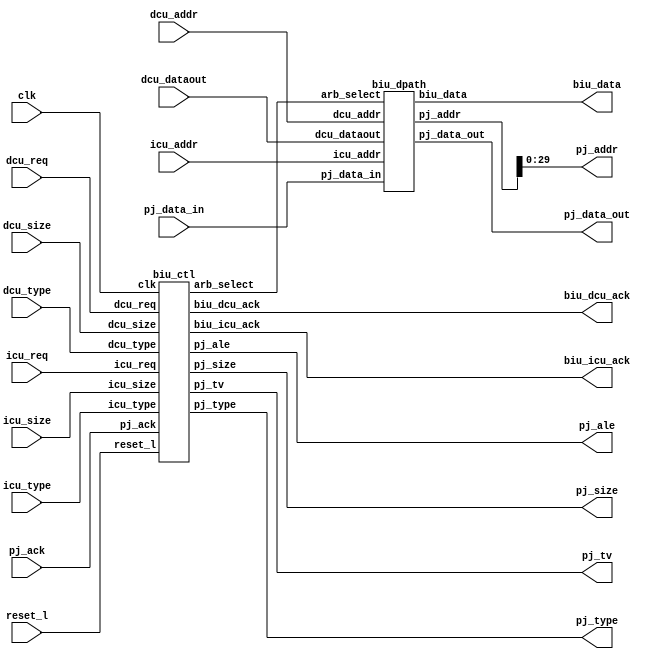
/****************************************************************
 ---------------------------------------------------------------
     Copyright 1999 Sun Microsystems, Inc., 901 San Antonio
     Road, Palo Alto, CA 94303, U.S.A.  All Rights Reserved.
     The contents of this file are subject to the current
     version of the Sun Community Source License, picoJava-II
     Core ("the License").  You may not use this file except
     in compliance with the License.  You may obtain a copy
     of the License by searching for "Sun Community Source
     License" on the World Wide Web at http://www.sun.com.
     See the License for the rights, obligations, and
     limitations governing use of the contents of this file.

     Sun, Sun Microsystems, the Sun logo, and all Sun-based
     trademarks and logos, Java, picoJava, and all Java-based
     trademarks and logos are trademarks or registered trademarks 
     of Sun Microsystems, Inc. in the United States and other
     countries.
 ----------------------------------------------------------------
******************************************************************/



module	biu (
	icu_req,
	icu_addr,
	icu_type,
	icu_size,
	biu_icu_ack,
	biu_data,
	dcu_req,
	dcu_addr,
	dcu_type,
	dcu_size,
	dcu_dataout,
	biu_dcu_ack,
	clk,
	reset_l,
	pj_addr,
	pj_data_out,
	pj_data_in,
	pj_tv,
	pj_size,
	pj_type,
	pj_ack,
	pj_ale
	);

input		icu_req;
input	[31:0]	icu_addr;			
input	[3:0]	icu_type;			
input	[1:0]	icu_size;			
output	[1:0]	biu_icu_ack;		
output	[31:0]	biu_data;	
input		dcu_req;
input	[31:0]	dcu_addr;			
input	[3:0]	dcu_type;			
input	[1:0]	dcu_size;			
input	[31:0]	dcu_dataout;		
output	[1:0]	biu_dcu_ack;		
input		clk;
input		reset_l;
output	[29:0]	pj_addr;		
output	[31:0]	pj_data_out;	
input	[31:0]	pj_data_in;		
output		pj_tv;
output	[1:0]	pj_size;		
output	[3:0]	pj_type;		
input	[1:0]	pj_ack;
output		pj_ale;

wire		arb_select;
wire	[31:0]	pj_addr_int;
wire	[29:0]	pj_addr;

assign pj_addr = pj_addr_int[29:0];

biu_ctl	biu_ctl (
     .icu_req		(icu_req),
     .icu_type		(icu_type[3:0]),
     .icu_size		(icu_size[1:0]),
     .biu_icu_ack	(biu_icu_ack[1:0]),
     .dcu_req		(dcu_req),
     .dcu_type		(dcu_type[3:0]),
     .dcu_size		(dcu_size[1:0]),
     .biu_dcu_ack	(biu_dcu_ack[1:0]),
     .clk		(clk),
     .reset_l		(reset_l),
     .pj_tv		(pj_tv),
     .pj_type		(pj_type[3:0]),
     .pj_size		(pj_size[1:0]),
     .pj_ack		(pj_ack[1:0]),
     .arb_select	(arb_select),
     .pj_ale		(pj_ale)
);

biu_dpath	biu_dpath (
     .icu_addr		(icu_addr[31:0]),
     .dcu_addr		(dcu_addr[31:0]),
     .dcu_dataout	(dcu_dataout[31:0]),
     .biu_data		(biu_data[31:0]),
     .pj_addr		(pj_addr_int[31:0]),
     .pj_data_in	(pj_data_in[31:0]),
     .pj_data_out	(pj_data_out[31:0]),
     .arb_select	(arb_select)
);

endmodule // biu


module biu_dpath (
	icu_addr,
	dcu_addr,
	dcu_dataout,
	biu_data,
	pj_addr,
	pj_data_in,
	pj_data_out,
	arb_select
	);

input   [31:0]  icu_addr;
input   [31:0]  dcu_addr;
input   [31:0]  dcu_dataout;
output  [31:0]  biu_data;
output  [31:0]  pj_addr;
input   [31:0]  pj_data_in;
output  [31:0]  pj_data_out;
input		arb_select;

assign    pj_addr = arb_select ? icu_addr : dcu_addr; 
assign    pj_data_out = dcu_dataout;
assign    biu_data  = pj_data_in ;

endmodule // biu_dpath


module	biu_ctl (
	icu_req,
	icu_type,
	icu_size,
	biu_icu_ack,
	dcu_req,
	dcu_type,
	dcu_size,
	biu_dcu_ack,
	clk,
	reset_l,
	pj_tv,
	pj_type,
	pj_size,
	pj_ack,
	arb_select,
	pj_ale
	);


input		icu_req;
input   [3:0]   icu_type; 
input   [1:0]   icu_size;
output	[1:0]	biu_icu_ack;		
input		dcu_req;
input	[3:0]	dcu_type;
input	[1:0]	dcu_size;
output	[1:0]	biu_dcu_ack;		
input		clk;
input		reset_l;
output		pj_tv;
input	[1:0]	pj_ack;
output	[3:0]	pj_type;
output  [1:0]   pj_size;
output		arb_select;
output		pj_ale;


wire		arbiter_sel;
wire		temp_arb_sel;
wire		arb_select;
wire		arb_idle;
wire	[4:0]	arb_next_state;
reg	[4:0]	arb_state;
wire		icu_tx;
wire		dcu_tx;
wire	[2:0]	num_acks;
wire	[3:0]	type_state;


assign	pj_tv = ((icu_req | dcu_req) & arb_state[0]) | arb_state[1] ;
assign	icu_tx = !type_state[2];		
assign	dcu_tx = type_state[2];
assign  biu_dcu_ack = {dcu_tx,dcu_tx} & pj_ack;	//2{dcu_tx}
assign  biu_icu_ack = {icu_tx,icu_tx} & pj_ack;
assign	pj_ale = ~(pj_tv & arb_state[0]);

/*	Muxes for pj_type and pj_size */
assign pj_size = arb_select ? icu_size : dcu_size;
assign pj_type = arb_select ? icu_type : dcu_type;

/*	Generation of select for pj_addr, pj_type, and pj_size muxes */
assign    arbiter_sel = icu_req & !dcu_req;

ff_sre	arb_select_state(.out(temp_arb_sel),
			.din(arbiter_sel),
			.clk(clk),
			.reset_l(reset_l),
			.enable(arb_idle));

assign arb_select = arb_idle ? arbiter_sel : temp_arb_sel;
	

/*	State machine for Arbiter */

assign	arb_next_state[4:0] =	arbiter(arb_state[4:0],
					pj_ack[0],
					pj_ack[1],
					pj_tv,
					num_acks);

always @ (posedge clk)
  if (~reset_l)
    arb_state = 5'b00001;
  else
    arb_state = arb_next_state;

initial arb_state = 5'b00001;

//latch pj_type
ff_se_4	type_state_reg(.out(type_state[3:0]), //change
				.din(pj_type[3:0]),
				.clk(clk),
				.enable(arb_idle));


assign	arb_idle = arb_state[0];
assign	num_acks[0] = type_state[1];
assign  num_acks[1] = 1'b0;
assign  num_acks[2] = (type_state[3] | (type_state[2] & (!type_state[1])))|
                      !(type_state[1] | type_state[2] | type_state[3]);

function	[4:0] arbiter;

input	[4:0]	cur_state;
input		normal_ack;
input		error_ack;
input		pj_tv;
input	[2:0]	num_acks;
		
reg	[4:0]	next_state;
parameter
	IDLE		=	5'b00001,
	REQ_ACTIVE	=	5'b00010,
	FILL3		=	5'b00100,
	FILL2		=	5'b01000,
	FILL1		=	5'b10000;
begin

	case (cur_state)
	IDLE: begin
		if (pj_tv) begin
			next_state = REQ_ACTIVE;
		end
		else	next_state = cur_state;
		end
	REQ_ACTIVE: begin
		if ( error_ack | (normal_ack & num_acks[0]))
			next_state = IDLE;
		else if (normal_ack & num_acks[2])
			next_state = FILL3; 
		else if (normal_ack & num_acks[1])
			next_state = FILL1;
		else next_state = cur_state;
		end
	FILL3:begin	
		if (error_ack )  
               next_state = IDLE;
		else if (normal_ack)
			next_state = FILL2;	
		else next_state = cur_state;
		end
	FILL2: begin
		if (error_ack )    
               next_state = IDLE;
		else if (normal_ack)
			next_state = FILL1;
		else next_state = cur_state;
		end
	FILL1:begin
		if (normal_ack | error_ack)
		 next_state = IDLE;
		else next_state = cur_state;
		end
	default:begin
			next_state = 0;
		end
	endcase
arbiter[4:0] = next_state[4:0];
end	
endfunction

endmodule // biu_ctl


module ff_sre(out, din, enable, reset_l, clk) ;
    output   out;
    input    din;
    input    clk;
    input    reset_l;
    input    enable;
 
mj_s_ff_snre_d  mj_s_ff_snre_d_0 (      .out(out),
                                        .in(din), 
                                        .lenable(enable),
                                        .reset_l(reset_l),
                                        .clk(clk)
                                        );
endmodule // ff_sre


module ff_se_4 (out, din, enable, clk) ;
    output  [3:0]  out;
    input   [3:0]  din;
    input           clk;
    input           enable;

    ff_se    ff_se_0(out[0], din[0], enable, clk);
    ff_se    ff_se_1(out[1], din[1], enable, clk);
    ff_se    ff_se_2(out[2], din[2], enable, clk);
    ff_se    ff_se_3(out[3], din[3], enable, clk);

endmodule // ff_se_4


module ff_se (out, din, enable, clk) ;
    output    out;
    input     din;
    input     clk;
    input     enable;
 
mj_s_ff_se_d  mj_s_ff_se_d_0 (  .out(out),
                                .in(din),
                                .lenable(enable),
                                .clk(clk)
                                );

endmodule // ff_se


module mj_s_ff_se_d(out, in, lenable, clk);
output out;
input clk;
input lenable;
input in;
reg out;

initial out = 0;

always @(posedge clk)
        if (lenable)
            out = in;
        else
            out = out;

endmodule // mj_s_ff_se_d


module mj_s_ff_snre_d(out, in, lenable, reset_l, clk);
output out;
input clk;
input lenable;
input reset_l;
input in;

reg out;

initial out = 0;

always @(posedge clk)
        if (~reset_l) 
	    out = 1'b0;
	else
    	if (lenable)
            out = in;
        else
            out = out;

endmodule // mj_s_ff_snre_d